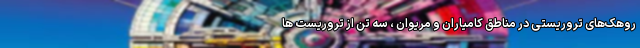
روهک‌های تروریستی در مناطق کامیاران و مریوان ، سه تن از تروریست ها